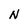
Character: N